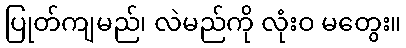
ပြုတ်ကျမည်၊ လဲမည်ကို လုံးဝ မတွေး။